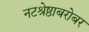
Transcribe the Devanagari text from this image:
नटश्रेष्ठाबरोबर